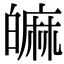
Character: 𤾝